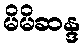
မိမိဆန္ဒ